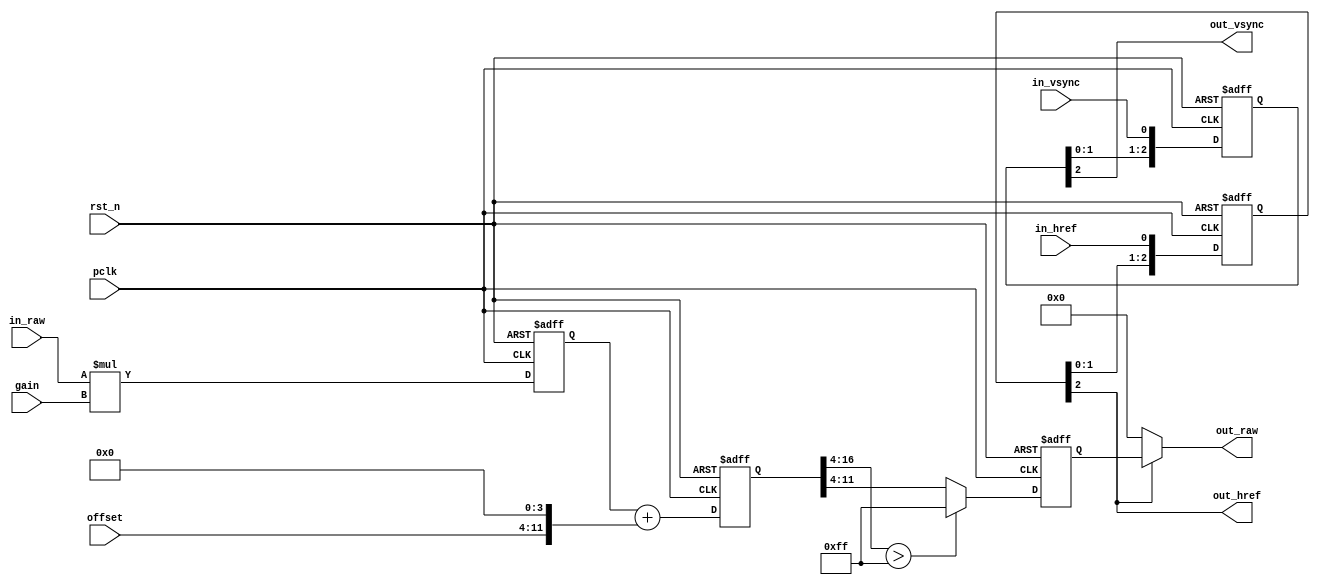
/*************************************************************************
    > File Name: isp_dgain.v
    > Author: bxq
    > Mail: 544177215@qq.com
    > Created Time: Thu 21 Jan 2021 21:50:04 GMT
 ************************************************************************/
`timescale 1 ns / 1 ps

/*
 * ISP - Digital Gain
 * O = I * gain + offset
 */

module isp_dgain
#(
	parameter BITS = 8,
	parameter WIDTH = 1280,
	parameter HEIGHT = 960
)
(
	input pclk,
	input rst_n,

	input [7:0] gain, //4.4
	input [BITS-1:0] offset,

	input in_href,
	input in_vsync,
	input [BITS-1:0] in_raw,

	output out_href,
	output out_vsync,
	output [BITS-1:0] out_raw
);

	reg [BITS-1+8:0] data_0;
	always @ (posedge pclk or negedge rst_n) begin
		if (!rst_n) begin
			data_0 <= 0;
		end
		else begin
			data_0 <= in_raw * gain;
		end
	end

	reg [BITS-1+9:0] data_1;
	always @ (posedge pclk or negedge rst_n) begin
		if (!rst_n) begin
			data_1 <= 0;
		end
		else begin
			data_1 <= data_0 + {offset, {4'd0}};
		end
	end

	reg [BITS-1:0] data_2;
	always @ (posedge pclk or negedge rst_n) begin
		if (!rst_n) begin
			data_2 <= 0;
		end
		else begin
			data_2 <= data_1[BITS-1+9:4] > {BITS{1'b1}} ? {BITS{1'b1}} : data_1[BITS-1+4:4];
		end
	end

	localparam DLY_CLK = 3;
	reg [DLY_CLK-1:0] href_dly;
	reg [DLY_CLK-1:0] vsync_dly;
	always @ (posedge pclk or negedge rst_n) begin
		if (!rst_n) begin
			href_dly <= 0;
			vsync_dly <= 0;
		end
		else begin
			href_dly <= {href_dly[DLY_CLK-2:0], in_href};
			vsync_dly <= {vsync_dly[DLY_CLK-2:0], in_vsync};
		end
	end

	assign out_href = href_dly[DLY_CLK-1];
	assign out_vsync = vsync_dly[DLY_CLK-1];
	assign out_raw = out_href ? data_2 : {BITS{1'b0}};
endmodule